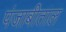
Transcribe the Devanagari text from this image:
पंजाबीताल